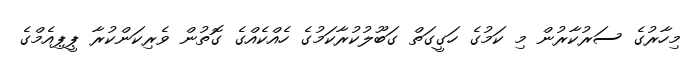
މިހާރުގެ ސަރުކާރުން މި ކަމުގެ ހަގީގަތް ގަބޫލުކުރާކަމުގެ ހެއްކެއްގެ ގޮތުން ވެރިކަންކުރާ ޕީޕިއެމްގެ